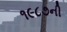
૧૯૮૭ની